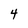
Character: 4